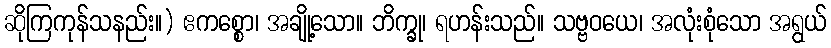
ဆိုကြကုန်သနည်း။) ဧကစ္စော၊ အချို့သော။ ဘိက္ခု၊ ရဟန်းသည်။ သဗ္ဗဝယေ၊ အလုံးစုံသော အရွယ်